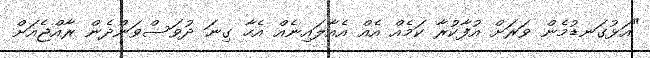
"އަޅުގަނޑުމެން ވަރަށް އުފާކުރާ ކަމެއް އެއް އެއާލައިނެއް އެހާ ގިނަ ދުވަސްވަންދެން ރާއްޖެއަށް